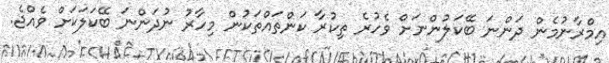
އިމްރާނުމެން ދަންނަ ބޭކަލުންނަށް ވެހުރެ ތިކުރާ ކަންތައްތަކުން މިހާރު ނުދަންނަ ބޭކަލަކަށް ވެއްޖެ.